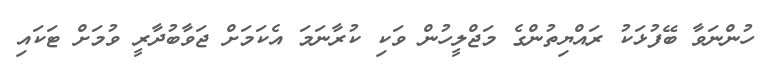
ހުންނަވާ ބޭފުޅަކު ރައްްޔިތުންގެ މަޖްލީހުން ވަކި ކުރާނަމަ އެކަމަށް ޖަވާބުދާރީ ވުމަށް ޓަކައި